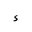
Letter: _hamza